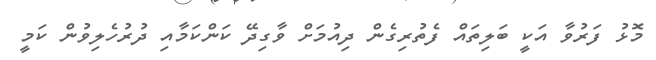
މޮޅު ފަރުވާ އަކީ ބަލިތައް ފެތުރިގެން ދިއުމަށް ވާގިދޭ ކަންކަމާއި ދުރުހެލިވުން ކަމީ